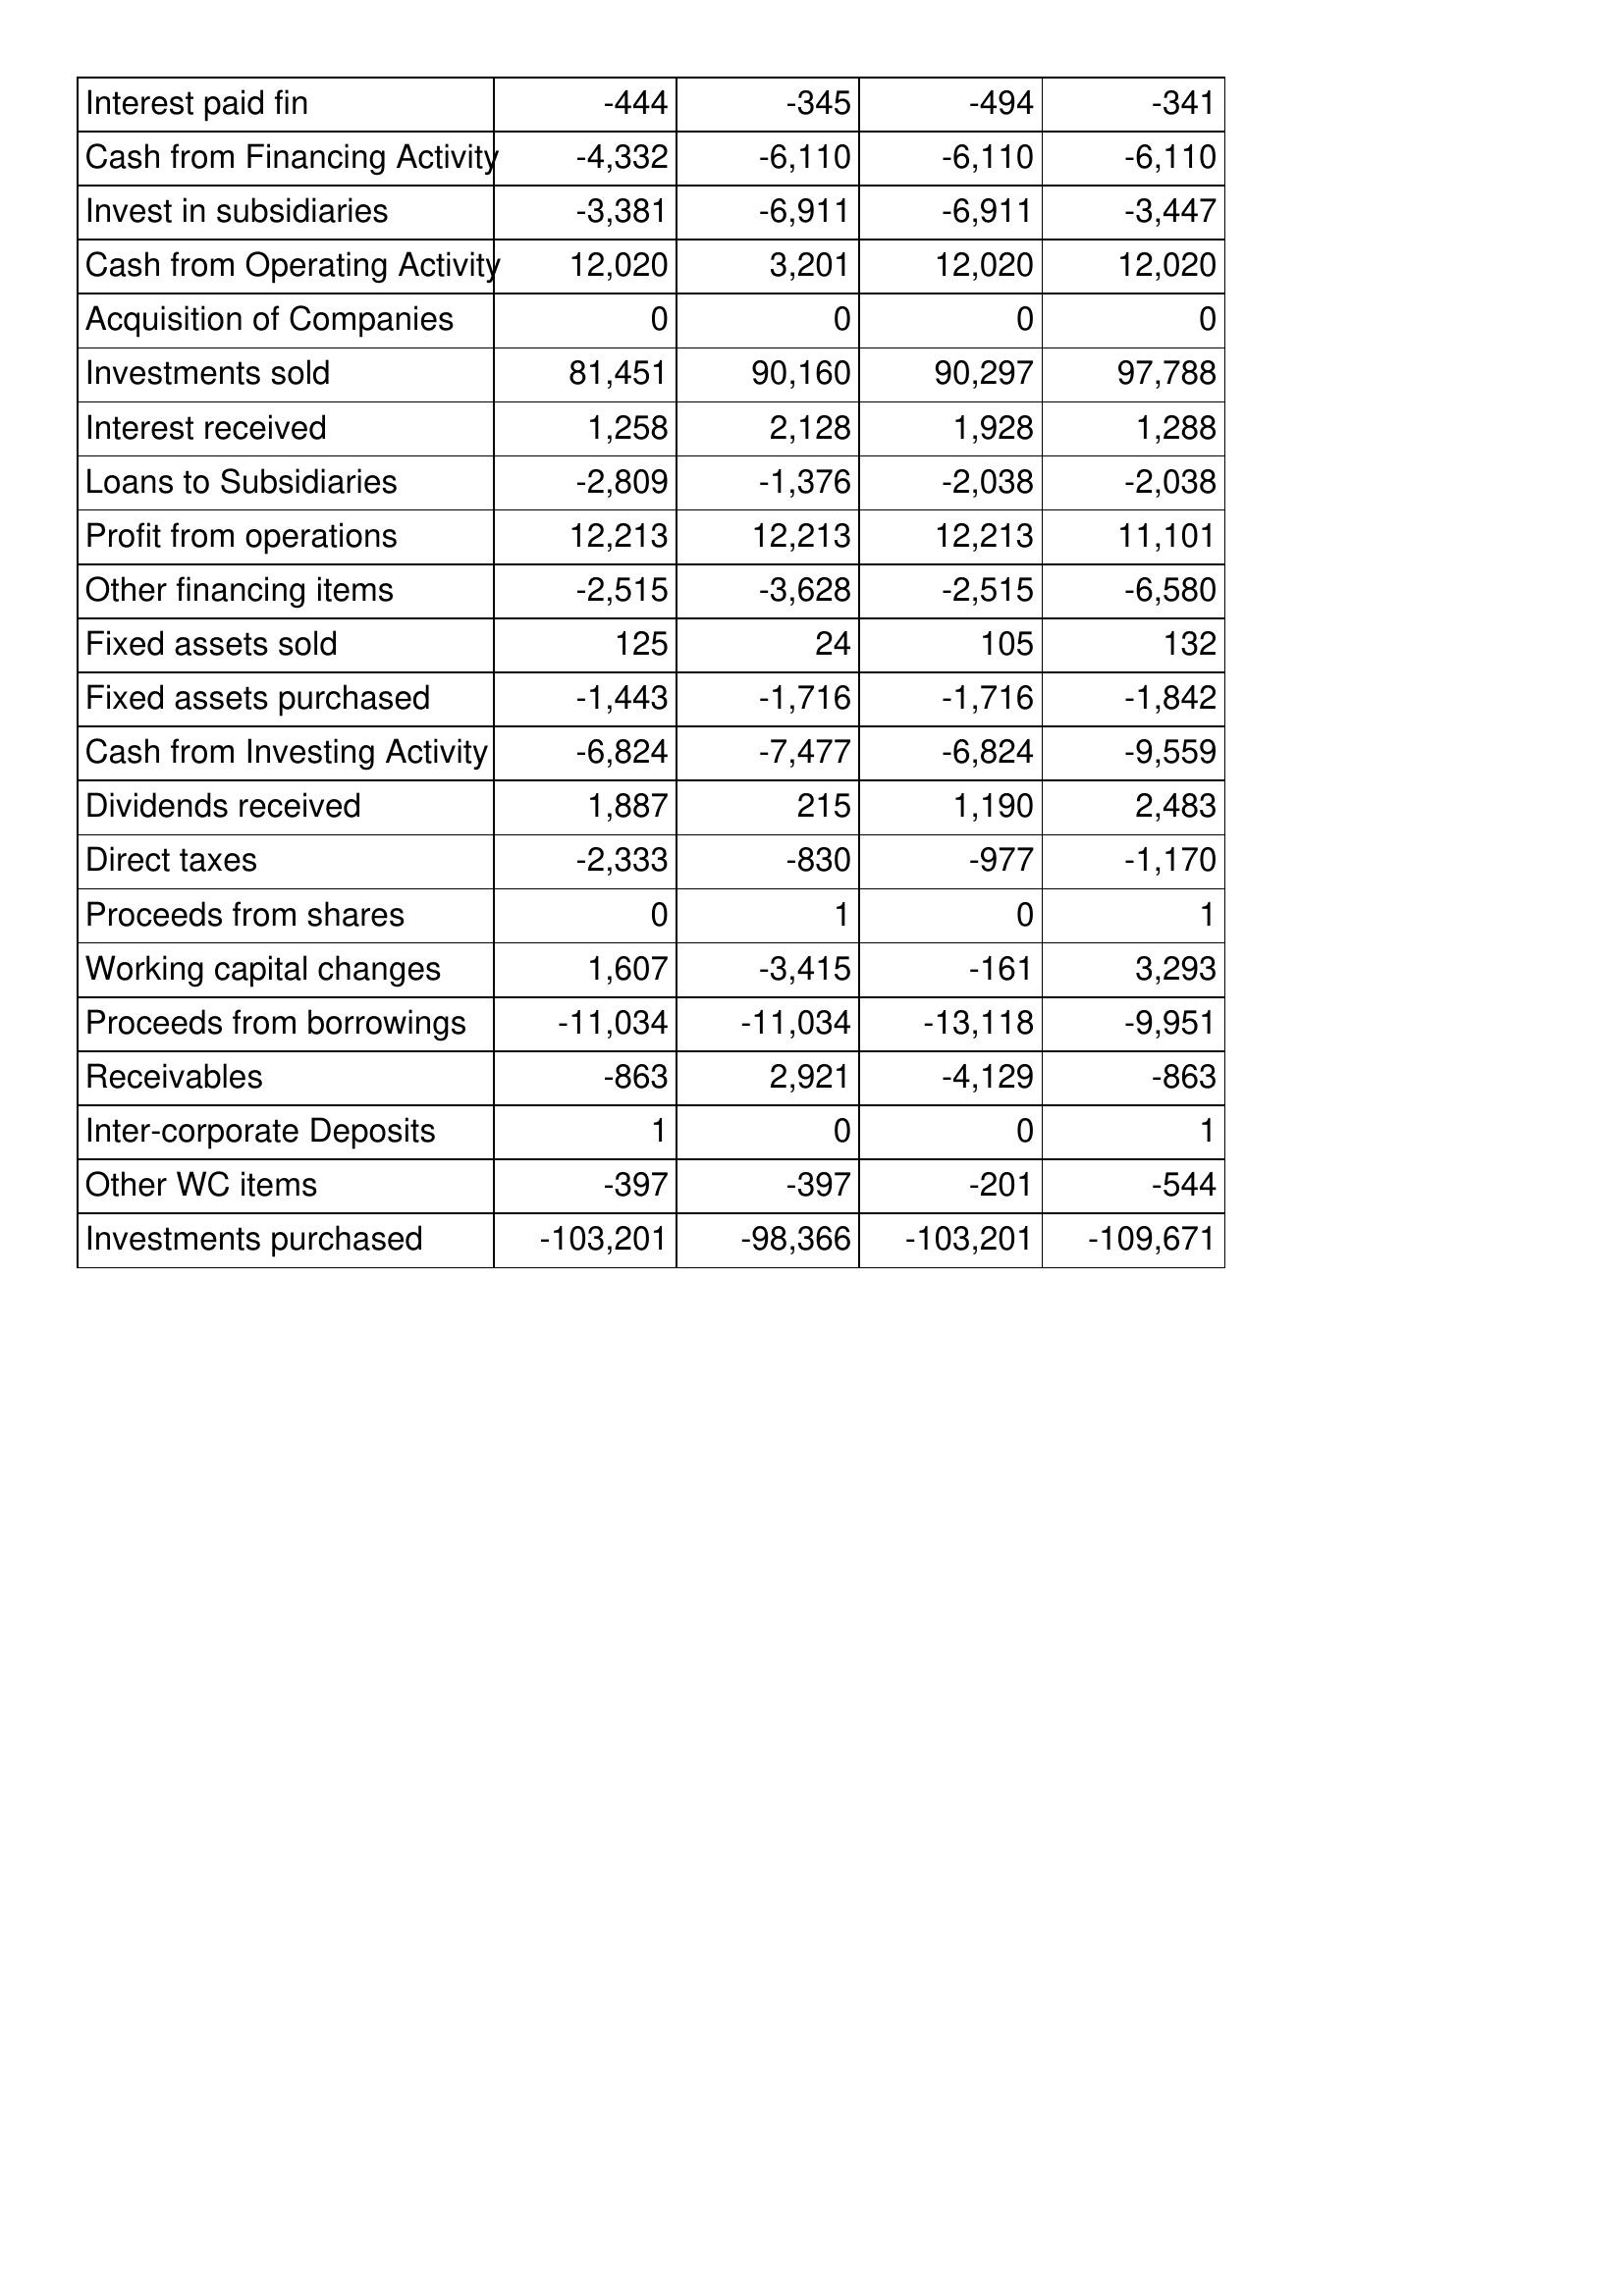
May-94: Cash Flows: Interest paid fin: -444
Cash from Financing Activity: -4,332
Invest in subsidiaries: -3,381
Cash from Operating Activity: 12,020
Acquisition of Companies: 0
Investments sold: 81,451
Interest received: 1,258
Loans to Subsidiaries: -2,809
Profit from operations: 12,213
Other financing items: -2,515
Fixed assets sold: 125
Fixed assets purchased: -1,443
Cash from Investing Activity: -6,824
Dividends received: 1,887
Direct taxes: -2,333
Proceeds from shares: 0
Working capital changes: 1,607
Proceeds from borrowings: -11,034
Receivables: -863
Inter-corporate Deposits: 1
Other WC items: -397
Investments purchased: -103,201
May-93: Cash Flows: Interest paid fin: -345
Cash from Financing Activity: -6,110
Invest in subsidiaries: -6,911
Cash from Operating Activity: 3,201
Acquisition of Companies: 0
Investments sold: 90,160
Interest received: 2,128
Loans to Subsidiaries: -1,376
Profit from operations: 12,213
Other financing items: -3,628
Fixed assets sold: 24
Fixed assets purchased: -1,716
Cash from Investing Activity: -7,477
Dividends received: 215
Direct taxes: -830
Proceeds from shares: 1
Working capital changes: -3,415
Proceeds from borrowings: -11,034
Receivables: 2,921
Inter-corporate Deposits: 0
Other WC items: -397
Investments purchased: -98,366
May-92: Cash Flows: Interest paid fin: -494
Cash from Financing Activity: -6,110
Invest in subsidiaries: -6,911
Cash from Operating Activity: 12,020
Acquisition of Companies: 0
Investments sold: 90,297
Interest received: 1,928
Loans to Subsidiaries: -2,038
Profit from operations: 12,213
Other financing items: -2,515
Fixed assets sold: 105
Fixed assets purchased: -1,716
Cash from Investing Activity: -6,824
Dividends received: 1,190
Direct taxes: -977
Proceeds from shares: 0
Working capital changes: -161
Proceeds from borrowings: -13,118
Receivables: -4,129
Inter-corporate Deposits: 0
Other WC items: -201
Investments purchased: -103,201
May-91: Cash Flows: Interest paid fin: -341
Cash from Financing Activity: -6,110
Invest in subsidiaries: -3,447
Cash from Operating Activity: 12,020
Acquisition of Companies: 0
Investments sold: 97,788
Interest received: 1,288
Loans to Subsidiaries: -2,038
Profit from operations: 11,101
Other financing items: -6,580
Fixed assets sold: 132
Fixed assets purchased: -1,842
Cash from Investing Activity: -9,559
Dividends received: 2,483
Direct taxes: -1,170
Proceeds from shares: 1
Working capital changes: 3,293
Proceeds from borrowings: -9,951
Receivables: -863
Inter-corporate Deposits: 1
Other WC items: -544
Investments purchased: -109,671